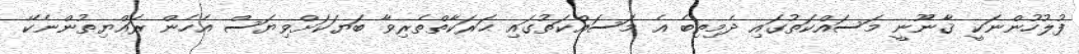
ފުލުހުންނަކީ ޤާނޫނީ މަސައްކަތުގައި ދެމިތިބެ އެ މަސައްކަތުގައި ޙަރަކާތްތެރިވާ ބަޔަކަށްވިޔަސް އެހެން ރައްޔިތުންނެކޭ